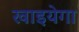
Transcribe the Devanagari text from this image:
खाइयेगा